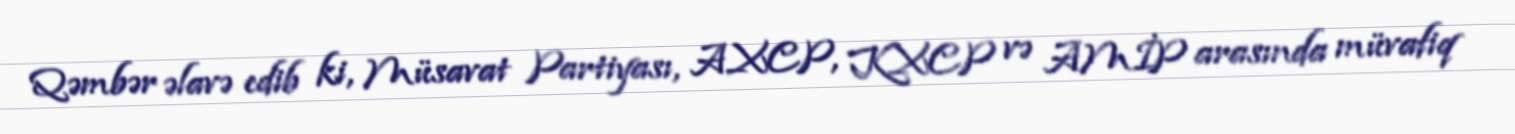
Qəmbər əlavə edib ki, Müsavat Partiyası, AXCP, KXCP və AMİP arasında müvafiq